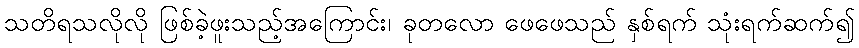
သတိရသလိုလို ဖြစ်ခဲ့ဖူးသည့်အကြောင်း၊ ခုတလော ဖေဖေသည် နှစ်ရက် သုံးရက်ဆက်၍